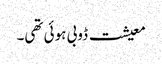
معیشت ڈوبی ہوئی تھی۔